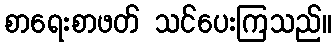
စာရေးစာဖတ် သင်ပေးကြသည်။